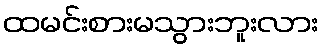
ထမင်းစားမသွားဘူးလား